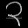
Digit: ၃